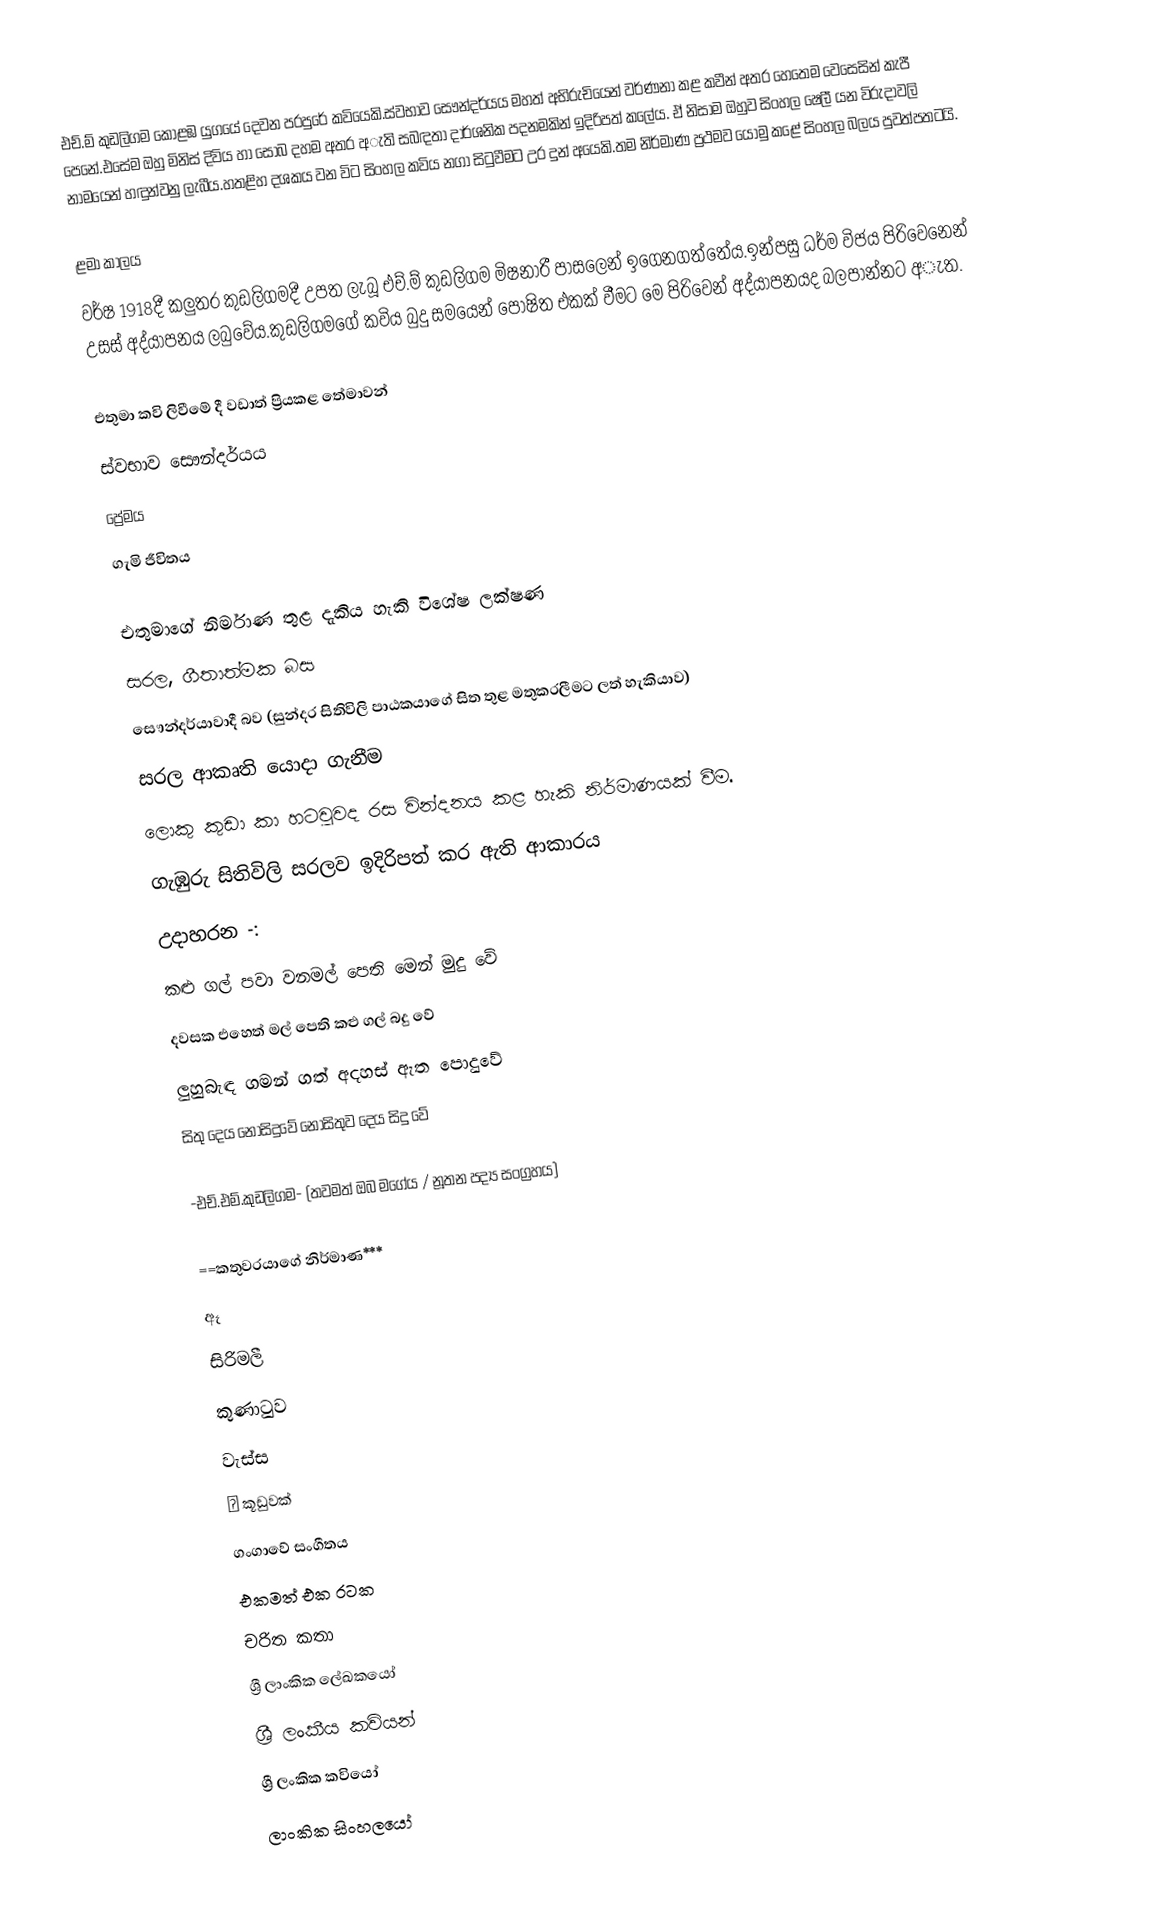
එච්.ම් කුඩලිගම කොළඹ යුගයේ දෙවන පරපුරේ කවියෙකි.ස්වභාව සෞන්දර්යය මහත් අභිරුචියෙන් වර්ණනා කළ කවීන් අතර හෙතෙම වෙසෙසින් කැපී පෙනේ.එසේම ඔහු මිනිස් දිවිය හා සොබ දහම අතර අැති සබඳතා දාර්ශනික පදනමකින් ඉදිරිපත් කලේය. ඒ නිසාම ඔහුව සිංහල ෂෙලී යන විරුදාවලි නාමයෙන් හඳුන්වනු ලැබීය.හතළිහ දශකය වන විට සිංහල කවිය නගා සිටුවීමට උර දුන් අයෙකි.තම නිර්මාණ ප්‍රථමව යොමු කළේ සිංහල බලය පුවත්පතටයි.

ළමා කාලය
වර්ෂ 1918දී කලුතර කුඩලිගමදී උපත ලැබූ එච්.ම් කුඩලිගම මිෂනාරී පාසලෙන් ඉගෙනගත්තේය.ඉන්පසු ධර්ම විජය පිරිවෙනෙන් උසස් අද්යාපනය ලබුවේය.කුඩලිගමගේ කවිය බුදු සමයෙන් පෝෂිත එකක් වීමට මෙ පිරිවෙන් අද්යාපනයද බලපාන්නට අැත.

එතුමා කවි ලිවීමේ දී වඩාත් ප්‍රියකළ තේමාවන්
 ස්වභාව සෞන්දර්යය
 ප්‍රේමය
 ගැමි ජීවිතය

එතුමාගේ නිර්මාණ තුළ දැකිය හැකි විශේෂ ලක්ෂණ
 සරල, ගීතාත්මක බස
 සෞන්දර්යාවාදී බව (සුන්දර සිතිවිලි පාඨකයාගේ සිත තුළ මතුකරලීමට ලත් හැකියාව)
 සරල ආකෘති යොදා ගැනීම
 ලොකු කුඩා කා හටවුවද රස වින්දනය කළ හැකි නිර්මාණයක් වීම.
 ගැඹුරු සිතිවිලි සරලව ඉදිරිපත් කර ඇති ආකාරය
උදාහරන -:
කළු ගල් පවා වනමල් පෙති මෙන් මුදු වේ
දවසක එහෙත් මල් පෙති කළු ගල් බදු  වේ
ලුහුබැඳ ගමන් ගත් අදහස් ඇත පොදුවේ
සිතු දෙය නොසිදුවේ නොසිතුව දෙය සිදු වේ

-එච්.එම්.කුඩලිගම- (තවමත් ඔබ මගේය / නූතන පද්‍ය සංග්‍රහය)

==කතුවරයාගේ නිර්මාණ***
   ඈ
   සිරිමලී
   කුණාටුව
   වැස්ස
   🐦 කූඩුවක්
   ගංගාවේ සංගීතය
   එකමත් එක රටක
චරිත කතා
ශ්‍රී ලාංකික ලේඛකයෝ
ශ්‍රී ලංකීය කවියන්
ශ්‍රී ලංකික කවියෝ
ලාංකික සිංහලයෝ